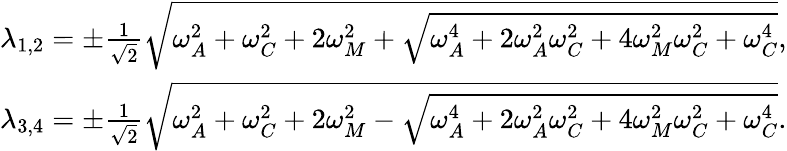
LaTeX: \begin{array}{r}{\lambda_{1,2}=\pm\frac{1}{\sqrt{2}}\sqrt{\omega_{A}^{2}+\omega_{C}^{2}+2\omega_{M}^{2}+\sqrt{\omega_{A}^{4}+2\omega_{A}^{2}\omega_{C}^{2}+4\omega_{M}^{2}\omega_{C}^{2}+\omega_{C}^{4}}},}\\ {\lambda_{3,4}=\pm\frac{1}{\sqrt{2}}\sqrt{\omega_{A}^{2}+\omega_{C}^{2}+2\omega_{M}^{2}-\sqrt{\omega_{A}^{4}+2\omega_{A}^{2}\omega_{C}^{2}+4\omega_{M}^{2}\omega_{C}^{2}+\omega_{C}^{4}}}.}\end{array}